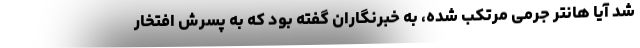
شد آیا هانتر جرمی مرتکب شده، به خبرنگاران گفته بود که به پسرش افتخار